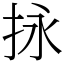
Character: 𢫕